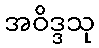
အဝိဒ္ဒသု